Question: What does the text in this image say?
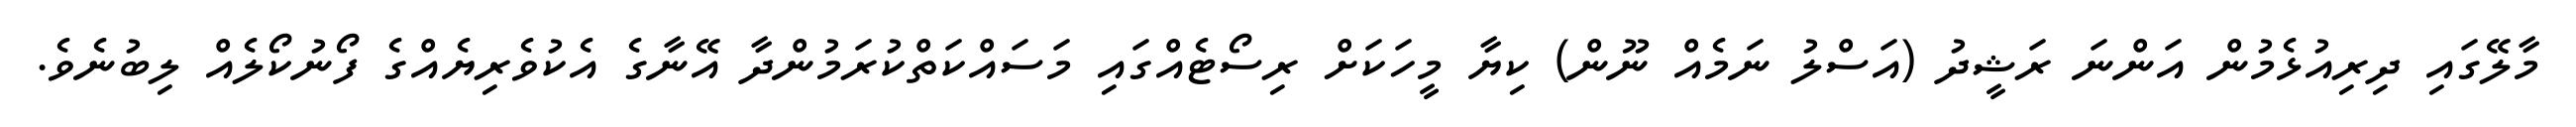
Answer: މާލޭގައި ދިރިއުޅެމުން އަންނަ ރަޝީދު (އަސްލު ނަމެއް ނޫން) ކިޔާ މީހަކަށް ރިސޯޓެއްގައި މަސައްކަތްކުރަމުންދާ އޭނާގެ އެކުވެރިޔެއްގެ ފޯނުކޯލެއް ލިބުނެވެ.